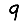
Digit: 9